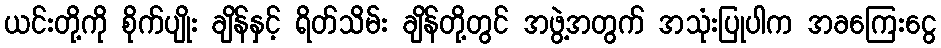
ယင်းတို့ကို စိုက်ပျိုး ချိန်နှင့် ရိတ်သိမ်း ချိန်တို့တွင် အဖွဲ့အတွက် အသုံးပြုပါက အခကြေးငွေ